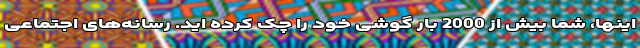
اینها، شما بیش از 2000 بار گوشی خود را چک کرده اید. رسانه‌های اجتماعی